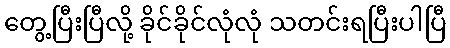
တွေ့ပြီးပြီလို့ ခိုင်ခိုင်လုံလုံ သတင်းရပြီးပါပြီ